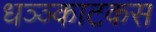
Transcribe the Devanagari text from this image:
धञ्ञ्काटकस